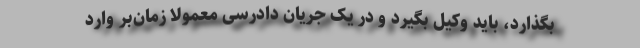
بگذارد، باید وکیل بگیرد و در یک جریان دادرسی معمولاً زمان‌بر وارد